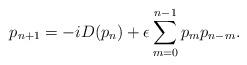
LaTeX: \begin{align*}p_{n+1} = -i D(p_n) + \epsilon \sum_{m = 0}^{n-1} p_m p_{n-m}. \end{align*}